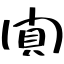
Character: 閴